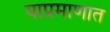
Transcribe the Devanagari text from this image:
याप्रमाणात